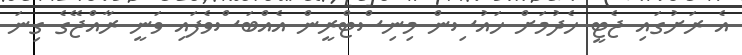
އެ ރަށުގައި ޖެޓީ ހެދުމަށް ހައުސިން މިނިސްޓްރީން އެއްބަސްވެފައި ވަނީ ރާއްޖޭގެ ގިނަ